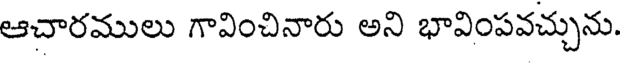
ఆచారములు గావించినారు అని భావింపవచ్చును.